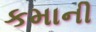
કમાની